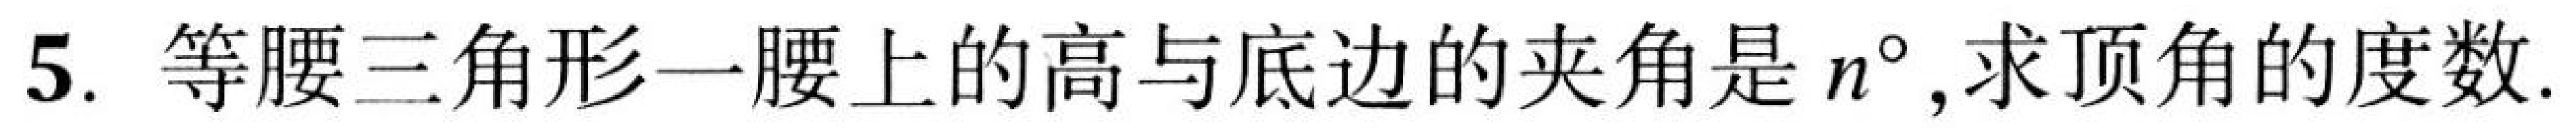
5. 等腰三角形一腰上的高与底边的夹角是\(n^{\circ}\)，求顶角的度数.